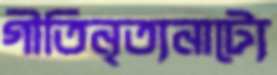
গীতিনৃত্যনাট্যে